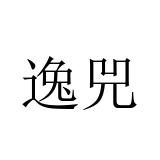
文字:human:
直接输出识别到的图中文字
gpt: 逸兕